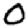
Digit: 0